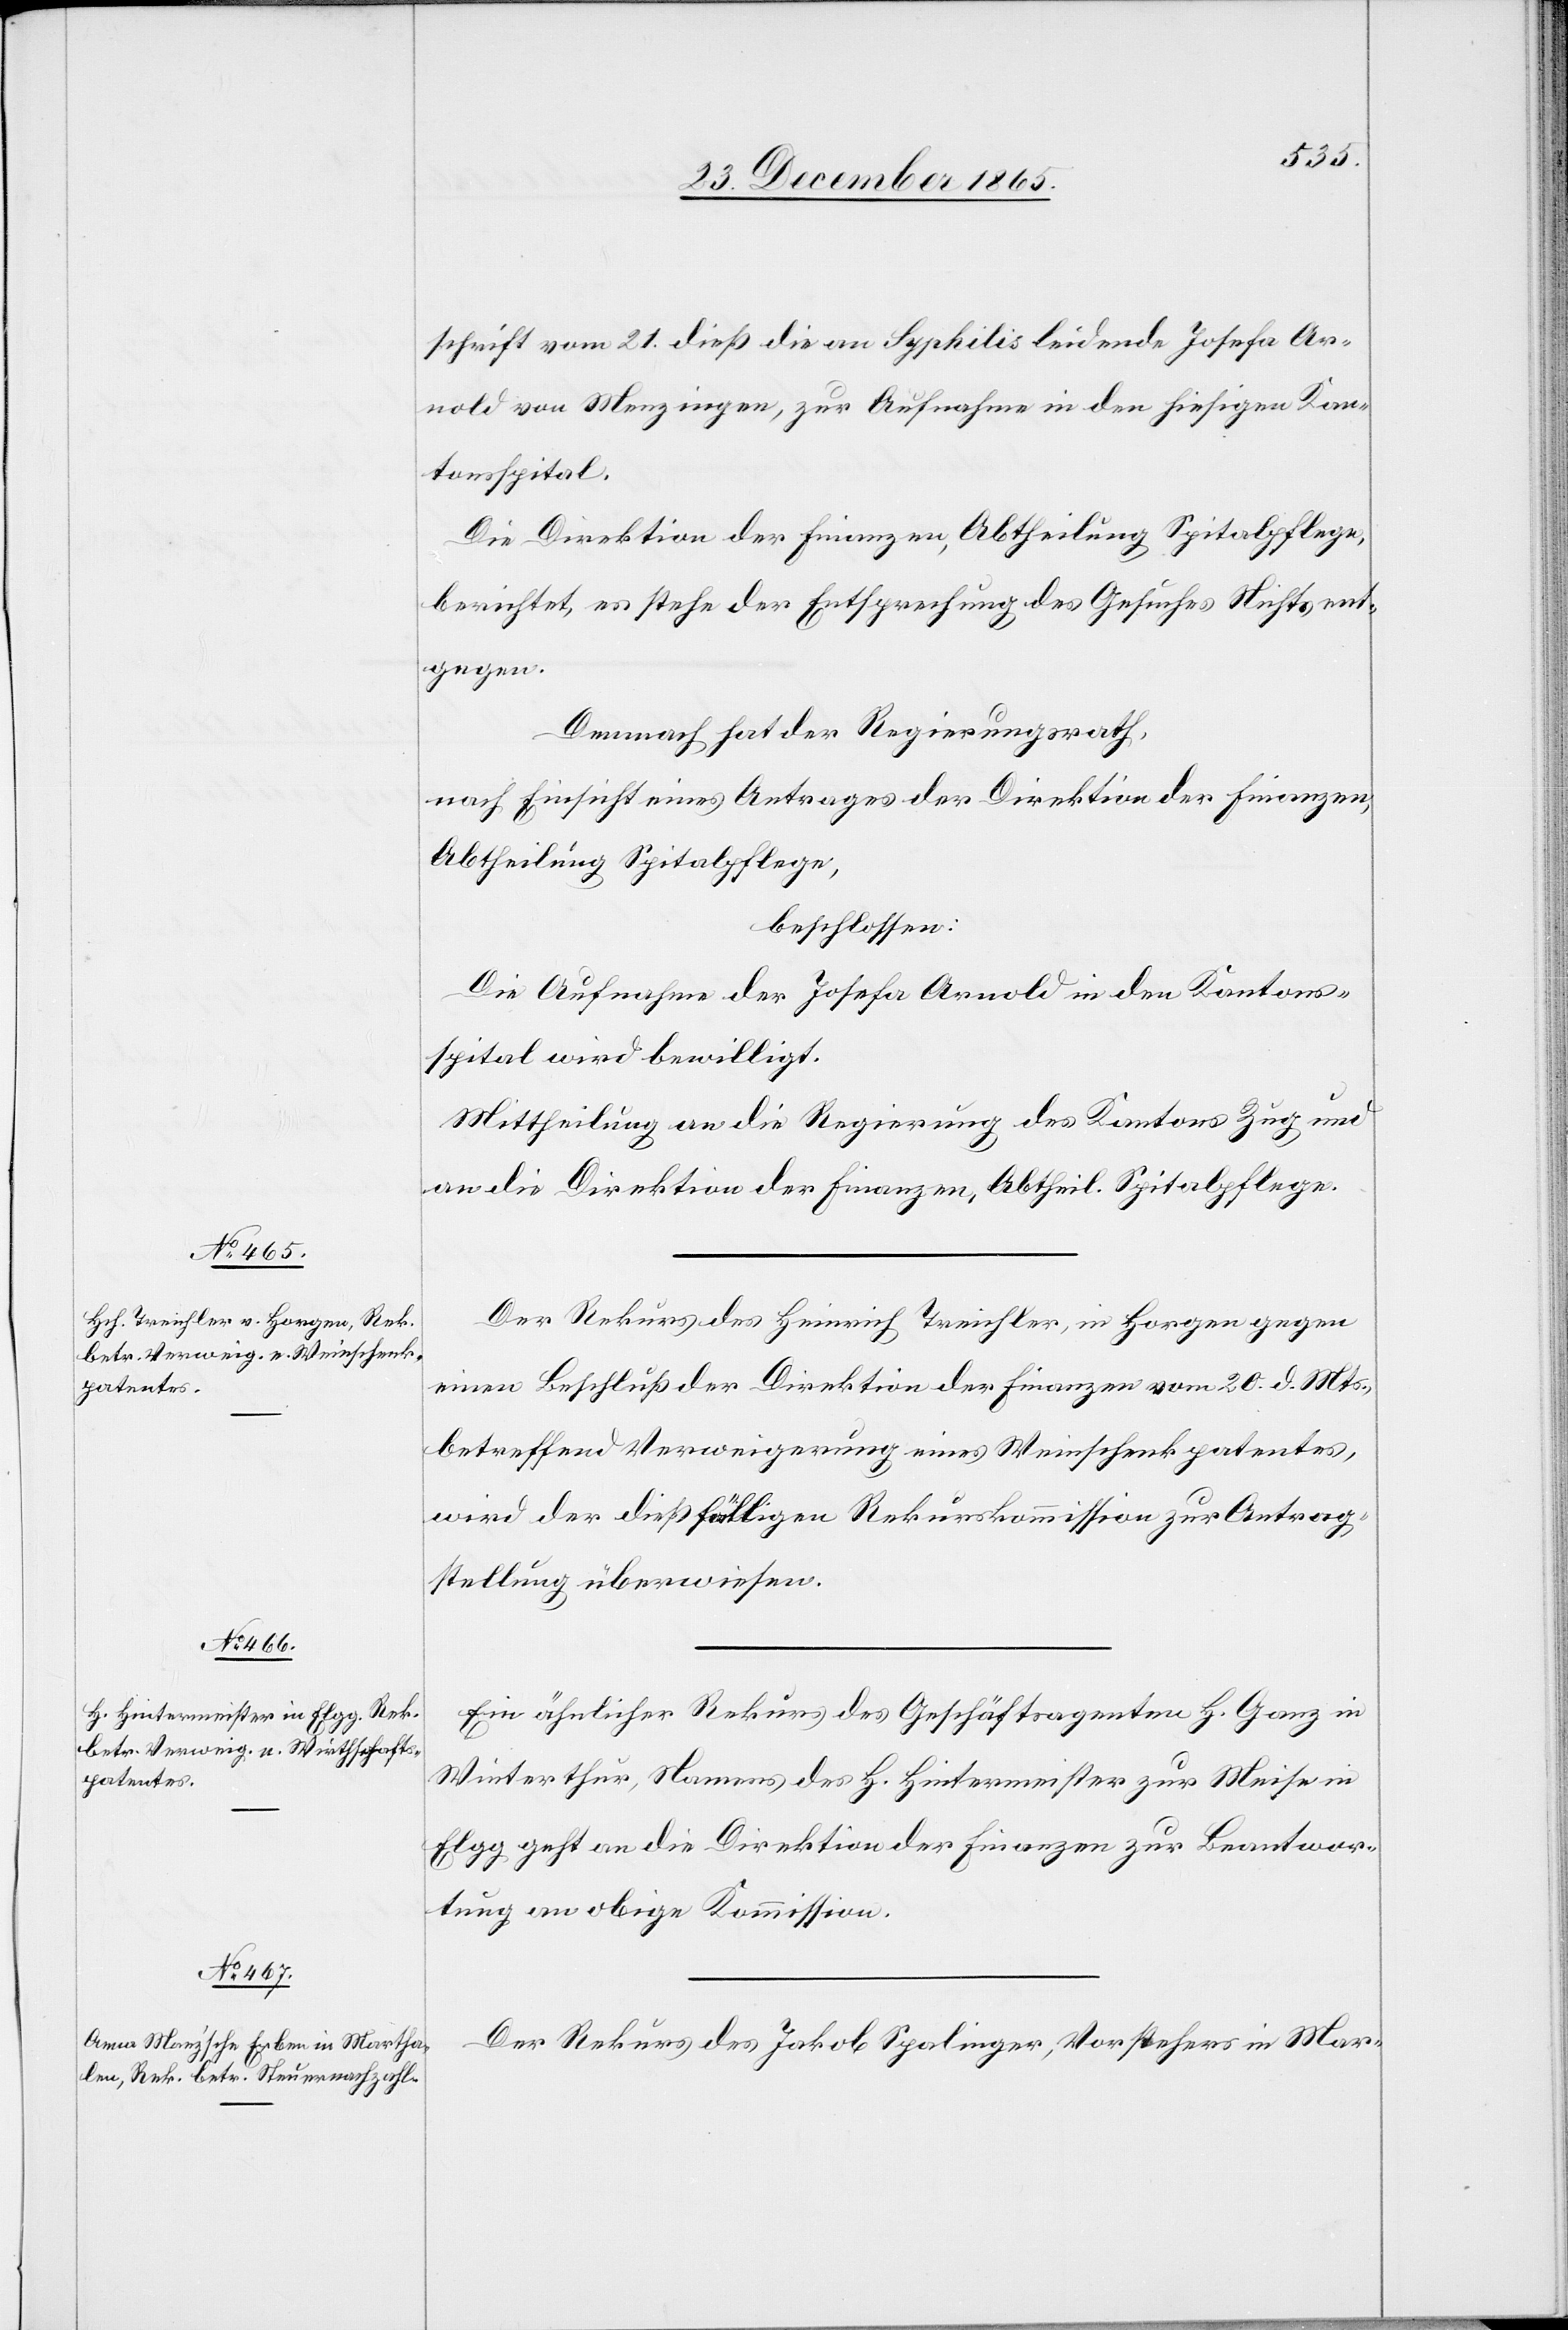
28. December 1865.]
schrift vom 21. dieß die an Syphilis leidende Josepha Ar¬
nold aus Menzingen, zur Aufnahme in den hiesigen Kan¬
tonsspital.
Die Direktion der Finanzen, Abtheilung Spitalpflege,
berichtet, es stehe der Entsprechung des Gesuches Nichts ent¬
gegen.
Demnach hat der Regierungsrath,
nach Einsicht eines Antrages der Direktion der Finanzen,
Abtheilung Spitalpflege,
beschlossen:
Die Aufnahme der Josepha Arnold in den Kantons¬
spital wird bewilligt.
Mittheilung an die Regierung des Kantons Zug und
an die Direktion der Finanzen, Abtheil. Spitalpflege.
Der Rekurs des Heinrich Treichler, in Horgen gegen
einen Beschluß der Direktion der Finanzen vom 20. d. Mts.,
betreffend Verweigerung eines Weinschenkpatentes,
wird der dießfälligen Rekurskommission zur Antrag¬
stellung überwiesen.
Ein ähnlicher Rekurs des Geschäftsagenten H. Ganz in
Winterthur, Namens des H. Hintermeister zur Meise in
Elgg geht an die Direktion der Finanzen zur Beantwor¬
tung an obige Kommission.
Der Rekurs des Jakob Spalinger, Vorstehers in Mar-